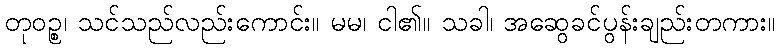
တုဝဉ္စ၊ သင်သည်လည်းကောင်း။ မမ၊ ငါ၏။ သခါ၊ အဆွေခင်ပွန်းချည်းတကား။